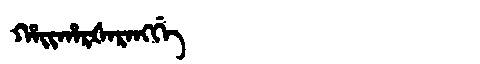
Manchu: ᡥᠠᡳᡥᠠᡵᡧᠠᡵᠠᠩᡤᡝ
Romanization: HAIHARŠARANGGE